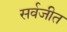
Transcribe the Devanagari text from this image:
सर्वजीत